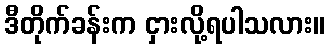
ဒီတိုက်ခန်းက ငှားလို့ရပါသလား။